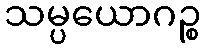
သမ္ပယောဂဉ္စ